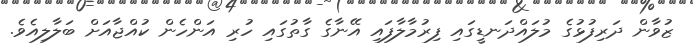
ޒުވާން ދަރިފުޅުގެ މުލައްދަނޑީގައި ފިރުމާލާފައި އޭނާގެ ގާތުގައި ހުރި އަންހެން ކުއްޖާއަށް ބަލާލިއެވެ.